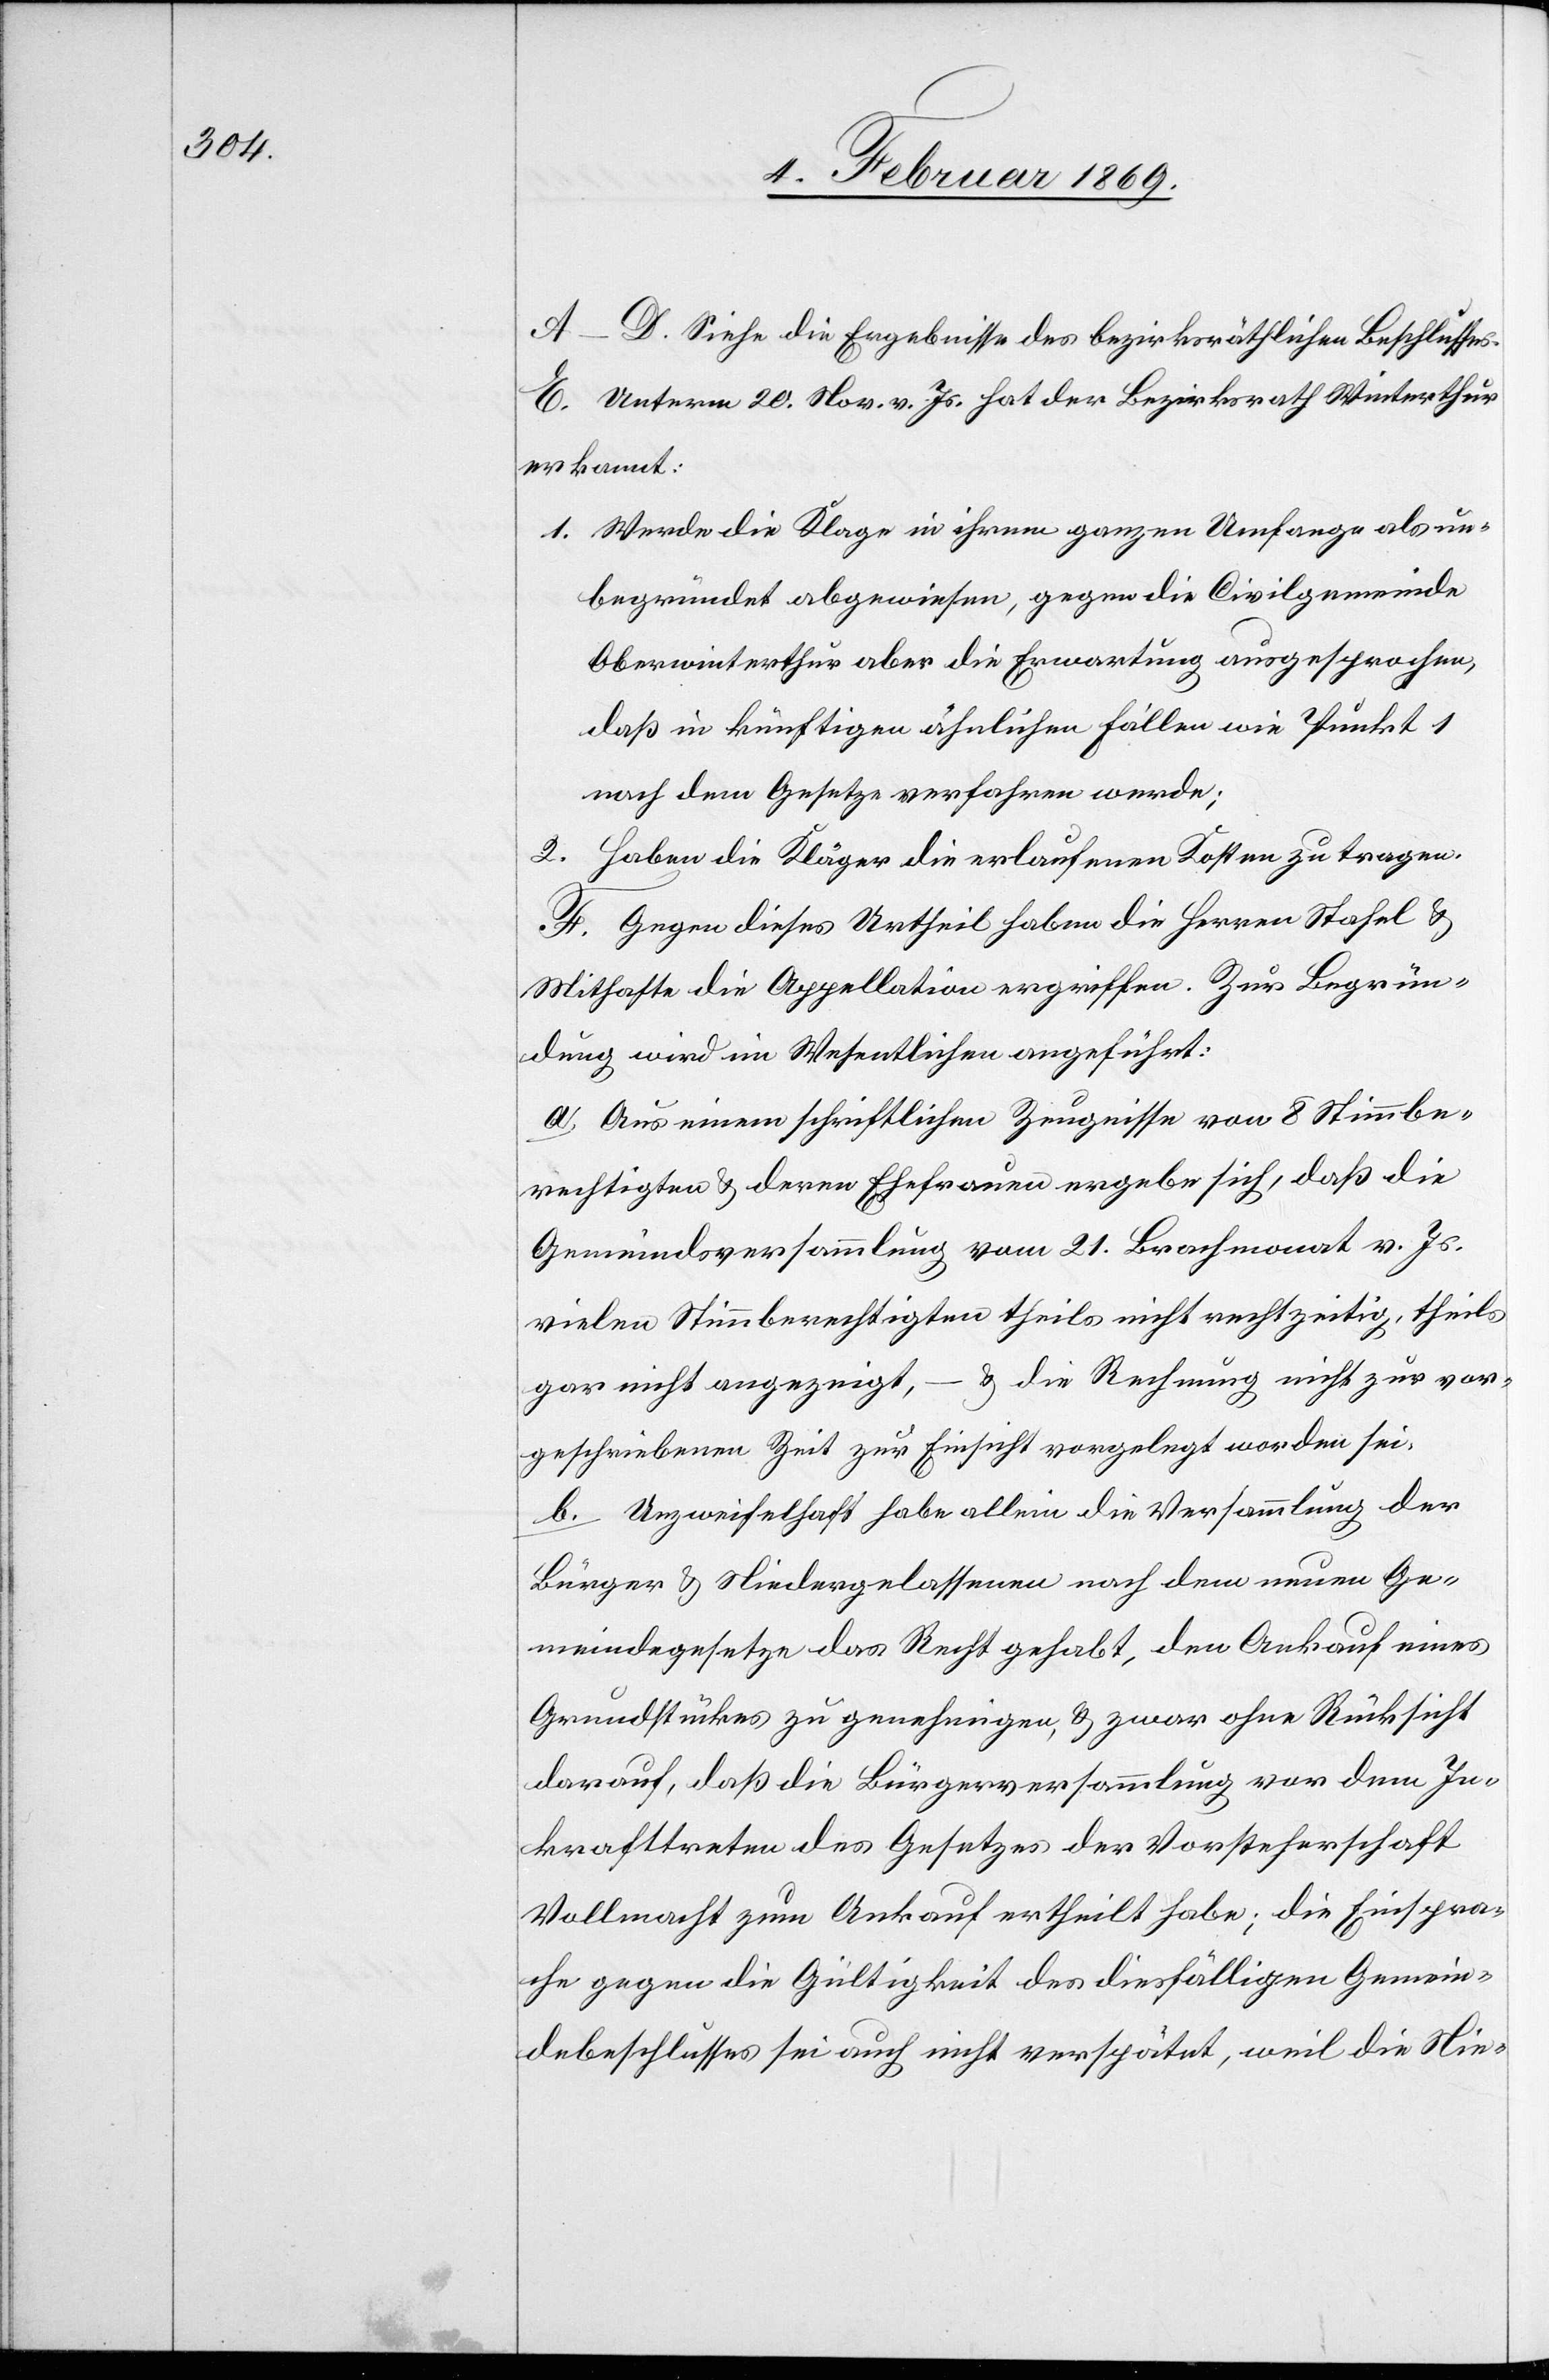
A–D. Siehe die Ergebnisse des bezirksräthlichen Beschlusses.
E. Unterm 20. Nov. v. Js. hat der Bezirksrath Winterthur
erkannt:
1. Werde die Klage in ihrem ganzen Umfange als un¬
begründet abgewiesen, gegen die Civilgemeinde
Oberwinterthur aber die Erwartung ausgesprochen,
daß in künftigen ähnlichen Fällen wie Punkt 1
nach dem Gesetze verfahren werde;
2. Haben die Kläger die erlaufenen Kosten zu tragen.
F. Gegen dieses Urtheil haben die Herren Stahel u.
Mithafte die Appellation ergriffen. Zur Begrün¬
dung wird im Wesentlichen angeführt:
a. Aus einem schriftlichen Zeugnisse von 8 Stimmbe¬
rechtigten u. deren Ehefrauen ergebe sich, daß die
Gemeindsversammlung vom 21. Brachmonat v. Js.
vielen Stimmberechtigten theils nicht rechtzeitig, theils
gar nicht angezeigt, – u. die Rechnung nicht zur vor¬
geschriebenen Zeit zur Einsicht vorgelegt worden sei.
b. Unzweifelhaft habe allein die Versammlung der
Bürger u. Niedergelassenen nach dem neuen Ge¬
meindegesetze das Recht gehabt, den Ankauf eines
Grundstückes zu genehmigen, u. zwar ohne Rücksicht
darauf, daß die Bürgerversammlung vor dem In¬
krafttreten des Gesetzes der Vorsteherschaft
Vollmacht zum Ankauf ertheilt habe; die Einspra¬
che gegen die Gültigkeit des diesfälligen Gemein¬
debeschlusses sei auch nicht verspätet, weil die Nie-